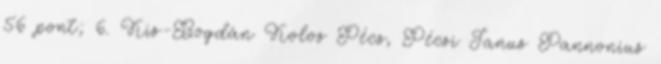
56 pont; 6. Kis-Bogdán Kolos Pécs, Pécsi Janus Pannonius